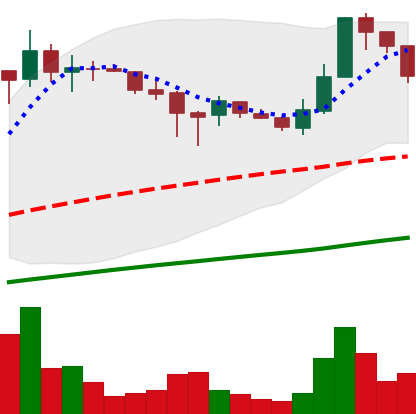
Ticker: LTC-USD
Chart end date: 2017-07-07
Forward return: 4.671%
Label: up_3_5